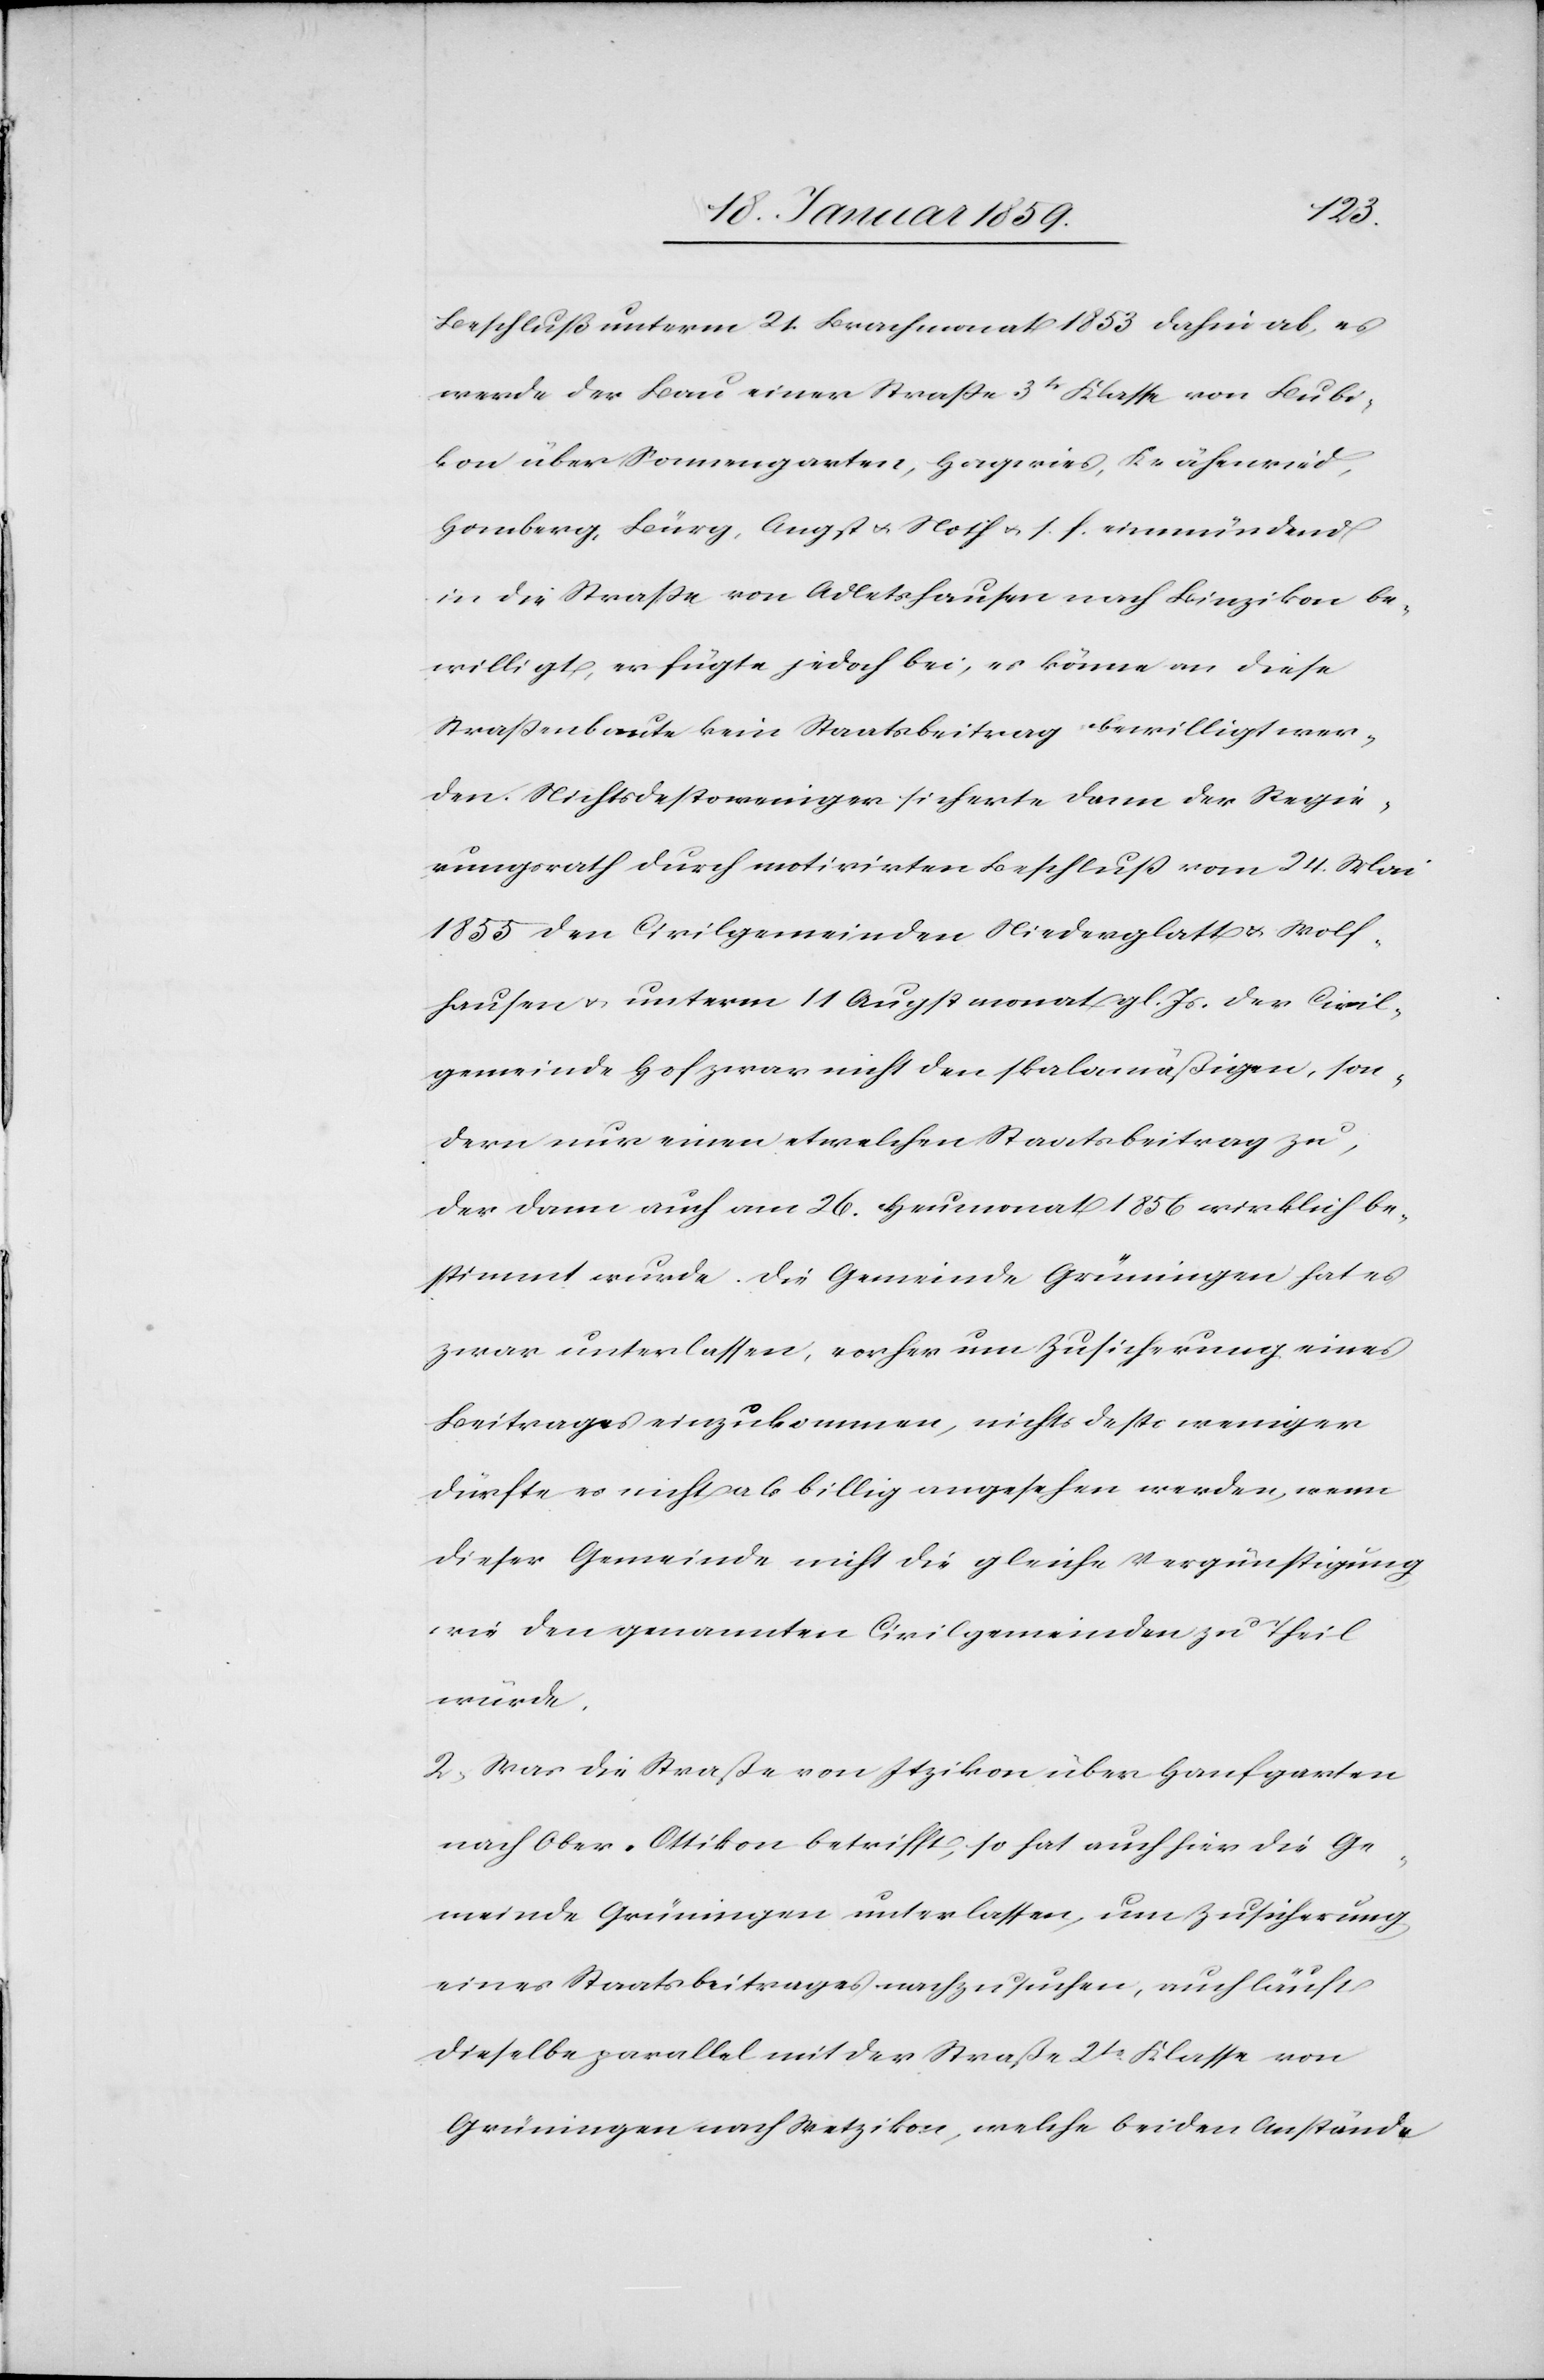
Beschluß unterm 24. Brachmonat 1853 dahin ab, es
werde der Bau einer Straße 3tr Klasse von Bubi¬
kon über Sonnengarten, Hagwies, Krähenried,
Homberg, Bürg, Angst u. Noth u. s. f. einmündend
in die Straße von Adletshausen nach Binzikon be¬
willigt, er fügte jedoch bei, es könne an diese
Straßenbaute kein Staatsbeitrag bewilligt wer¬
den. Nichtsdestoweniger sicherte dann der Regie¬
rungsrath durch motivirten Beschluß vom 24. Mai
1855 den Civilgemeinden Niederglatt u. Wolf¬
hausen u. unterm 11 Augstmonat gl. Js. der Civil¬
gemeinde Hof zwar nicht den skalamäßigen, son¬
dern nur einen etwelchen Staatsbeitrag zu,
der dann auch am 26. Heumonat 1856 wirklich be¬
stimmt wurde. die Gemeinde Grüningen hat es
zwar unterlassen, vorher um Zusicherung eines
Beitrages einzukommen, nichts desto weniger
dürfte es nicht als billig angesehen werden, wenn
dieser Gemeinde nicht die gleiche Vergünstigung
wie den genannten Civilgemeinden zu Theil
würde.
2. Was die Straße von Itzikon über Hanfgarten
nach Ober-Ottikon betrifft, so hat auch hier die Ge¬
meinde Grüningen unterlassen, um Zusicherung
eines Staatsbeitrages nachzusuchen, auch läuft
dieselbe parallel mit der Straße 2tr. Klasse von
Grüningen nach Wetzikon, welche beiden Anstände